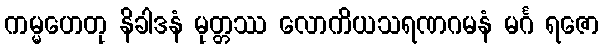
ကမ္မဟေတု နိခါဒနံ မုတ္တဿ လောကိယသရဏဂမနံ မင်္ဂ ရဇော